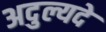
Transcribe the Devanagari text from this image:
अदुल्यदे